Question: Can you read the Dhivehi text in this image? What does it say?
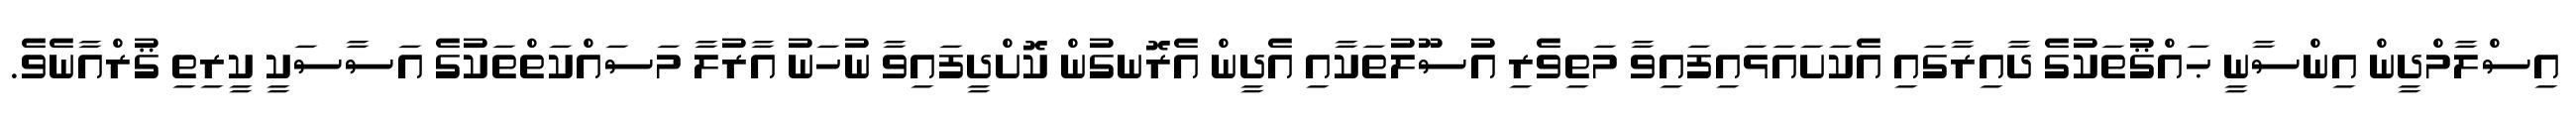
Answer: އިސްލާމްދީން އިންސާނީ ޙައްޤުތަކުގެ ދާއިރާގައި އެކަށައަޅައިފައިވާ މަތިވެރި އުސޫލުތަކާއި އެދީން އެރޮނގުން ކޮށްދީފައިވާ ނުހަނު އާރުލާ މަސައްކަތްތަކުގެ އަސާސަކީ ކީރިތި ޤުރްއާނެވެ.